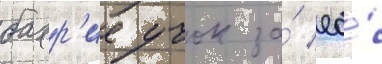
бахр'ие учок за́ ео́